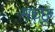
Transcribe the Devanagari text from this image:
मच्‍छू